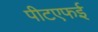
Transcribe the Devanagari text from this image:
पीटएफई